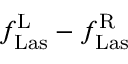
f _ { \mathrm { L a s } } ^ { \mathrm { L } } - f _ { \mathrm { L a s } } ^ { \mathrm { R } }